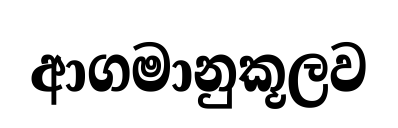
ආගමානුකූලව